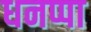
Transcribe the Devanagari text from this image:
धनप्पा